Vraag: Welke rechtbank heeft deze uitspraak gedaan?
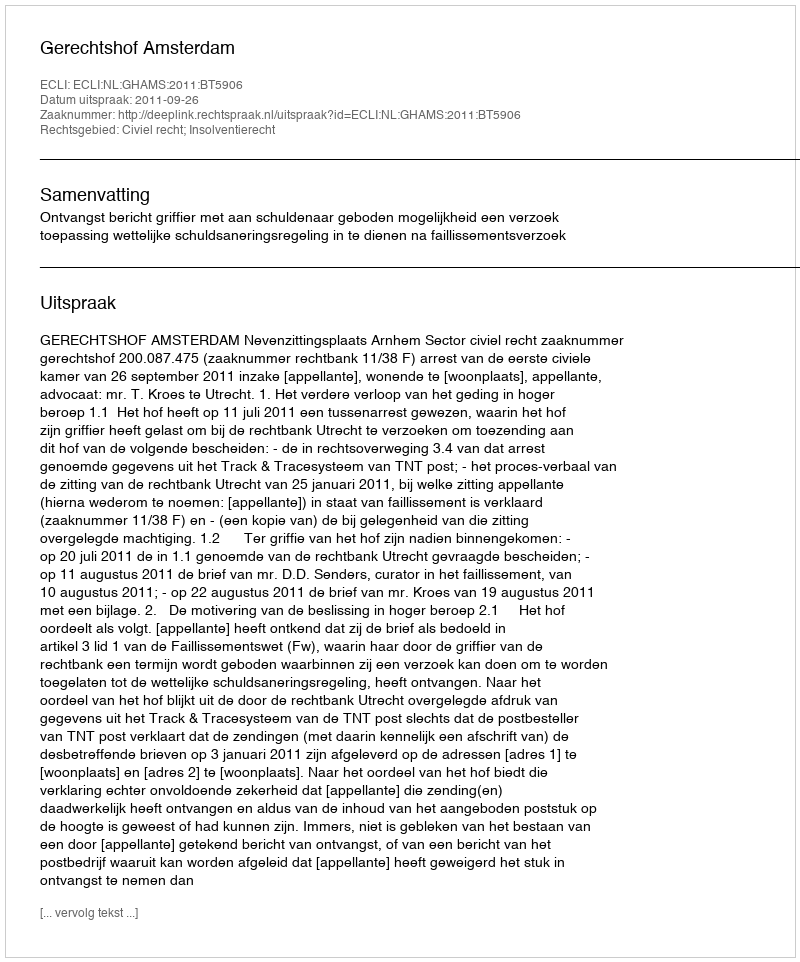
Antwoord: Gerechtshof Amsterdam